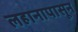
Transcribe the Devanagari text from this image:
लहानापासून